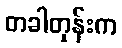
တခါတုန်းက